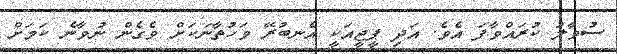
ސުވާލު ކުރައްވާފަ އެވެ. އަދި ޕީޖީއަކީ އެނބުރޭ ވަހުތާނަކަށް ވެގެން ނުވާނެ ކަމަށް